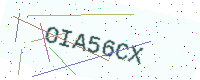
Text: OIA56CX